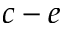
c - e